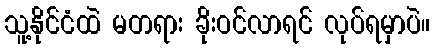
သူ့နိုင်ငံထဲ မတရား ခိုးဝင်လာရင် လုပ်ရမှာပဲ။